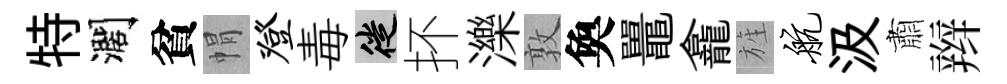
特濶貧㡌登毒徙抔濼敦奐鼉龕旌航汲肅辫